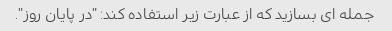
جمله ای بسازید که از عبارت زیر استفاده کند: "در پایان روز".